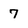
Character: 7